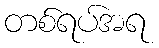
တစ်ရပ်အရ